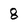
Character: 8